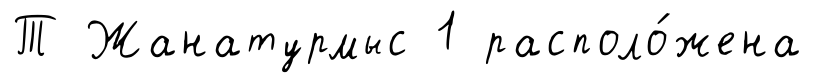
Т Жанатурмыс 1 располо́жена